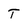
Character: T